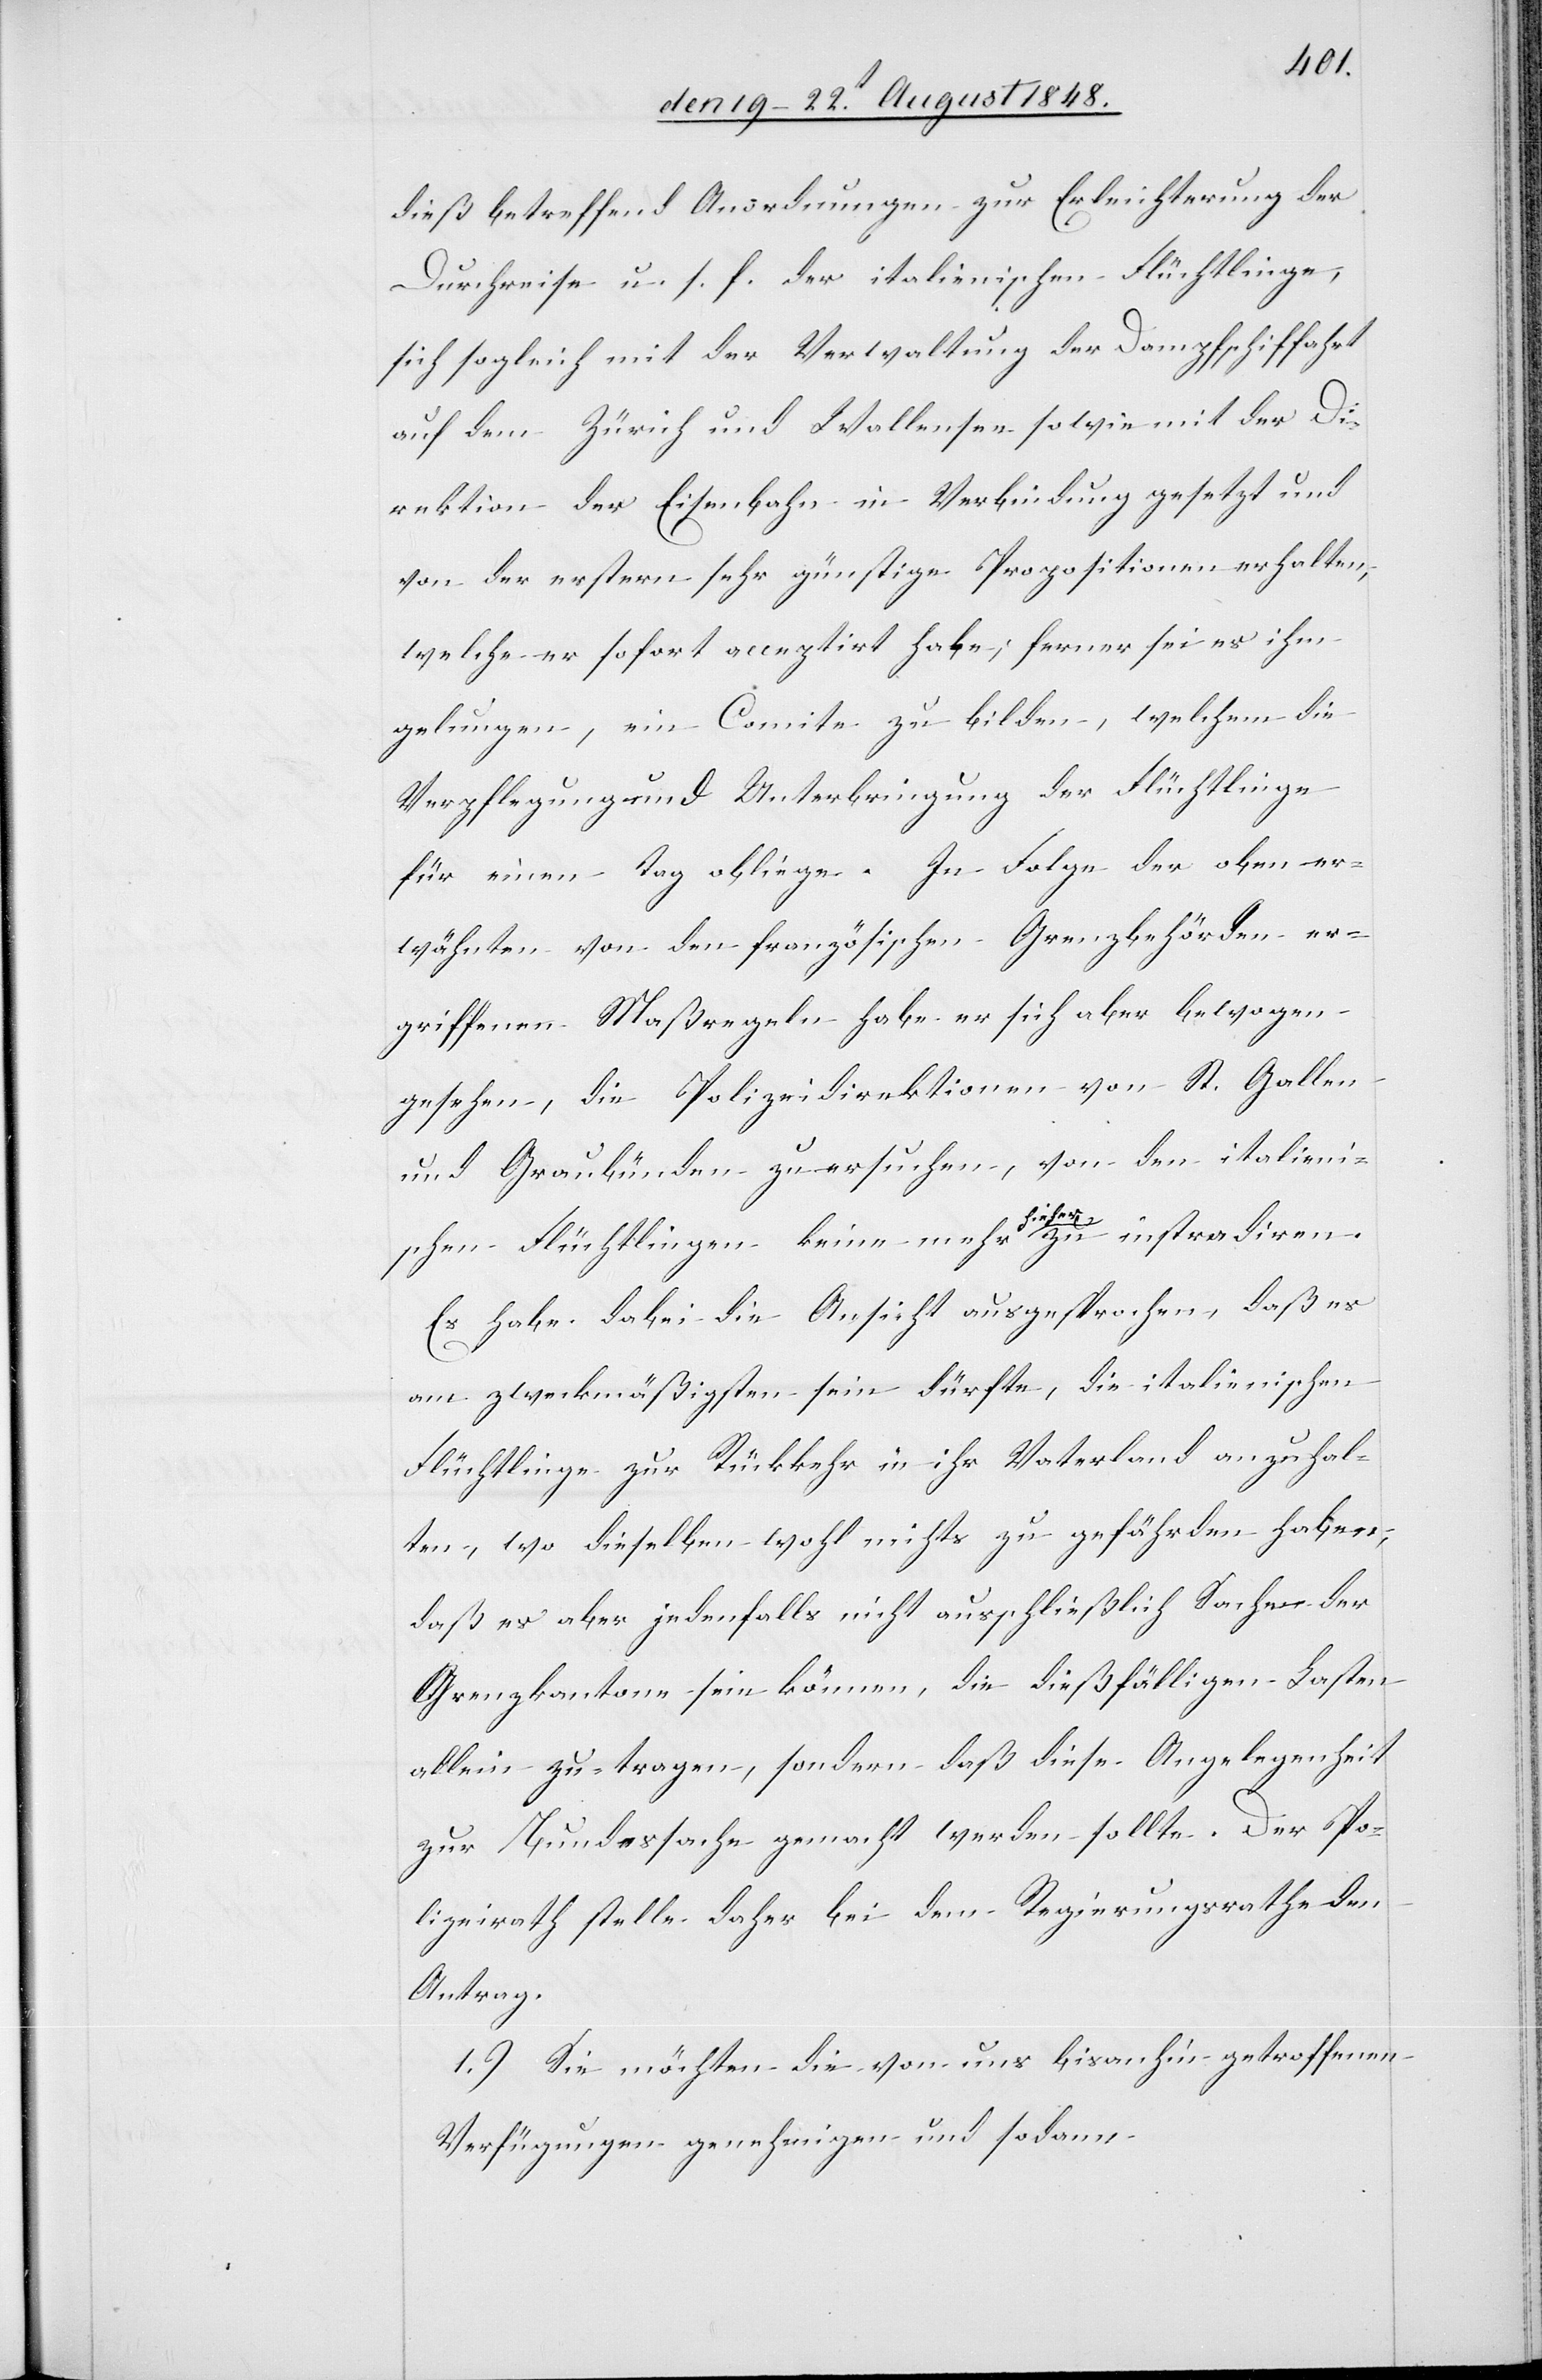
dieß betreffend Anordnungen zur Erleichterung der
Durchreise u. s. f. der italienischen Flüchtlinge,
sich sogleich mit der Verwaltung der Dampfschiffahrt
auf dem Zürich und Wallensee sowie mit der Di¬
rektion der Eisenbahn in Verbindung gesetzt und
von der erstern sehr günstige Propositionen erhalten,
welche er sofort acceptirt habe; ferner sei es ihm
gelungen, ein Comite zu bilden, welchem die
Verpflegung und Unterbringung der Flüchtlinge
für einen Tag obliege. In Folge der oben er¬
wähnten von den französischen Grenzbehörden er¬
griffenen Maßregeln habe er sich aber bewogen
gesehen, die Polizeidirektionen von St. Gallen
und Graubünden zu ersuchen, von den italieni¬
schen Flüchtlingen keine mehr hieher zu instradiren.
Es habe dabei die Ansicht ausgesprochen, daß es
am zweckmäßigsten sein dürfte, die italienischen
Flüchtlinge zur Rückkehr in ihr Vaterland anzuhal¬
ten, wo dieselben wohl nichts zu gefährden haben,
daß es aber jedenfalls nicht ausschließlich Sachen der
Grenzkantone sein können, die dießfälligen Lasten
allein zu-tragen [sic!], sondern daß diese Angelegenheit
zur Bundessache gemacht werden sollte. Der Po¬
lizeirath stelle daher bei dem Regierungsrathe den
Antrag.
1.) Sie möchten die von uns bisanhin getroffenen
Verfügungen genehmigen und sodann